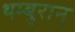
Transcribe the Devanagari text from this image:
थम्बुरान्